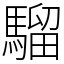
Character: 騮